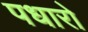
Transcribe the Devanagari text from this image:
पधारो